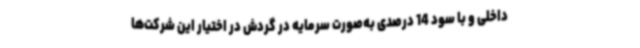
داخلی و با سود 14 درصدی به‌صورت سرمایه در گردش در اختیار این شرکت‌ها